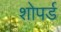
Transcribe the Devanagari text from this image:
शोपर्ड